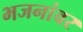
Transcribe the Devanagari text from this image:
भजनांवर